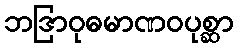
ဘဒြာဝုဓမာဏဝပုစ္ဆာ